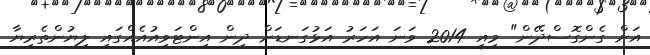
އަށް ގެންގޮސްދޭން" މިއީ 2014 ވަނަ އަހަރު އަޅުގަނޑަށް ދިން އިންޓަވިއުއެއްގައި ލިޔުންތެރިޔާ